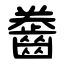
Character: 齤